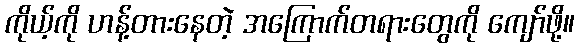
ကိုယ့်ကို ဟန့်တားနေတဲ့ အကြောက်တရားတွေကို ကျော်ဖို့။